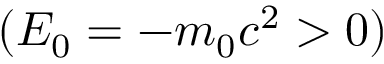
( E _ { 0 } = - m _ { 0 } c ^ { 2 } > 0 )